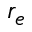
r _ { e }